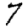
Digit: 7